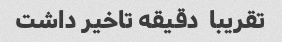
تقریبا  دقیقه تاخیر داشت